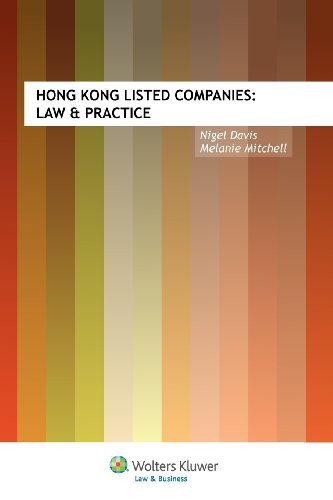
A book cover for Hong Kong Listed Companies: Law & Practice; Nigel Davis; Law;